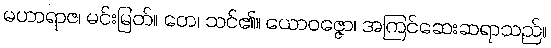
မဟာရာဇ၊ မင်းမြတ်။ တေ၊ သင်၏။ ယောဝဇ္ဇော၊ အကြင်ဆေးဆရာသည်။